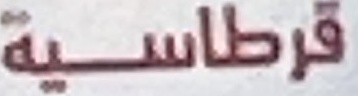
قرطاسة